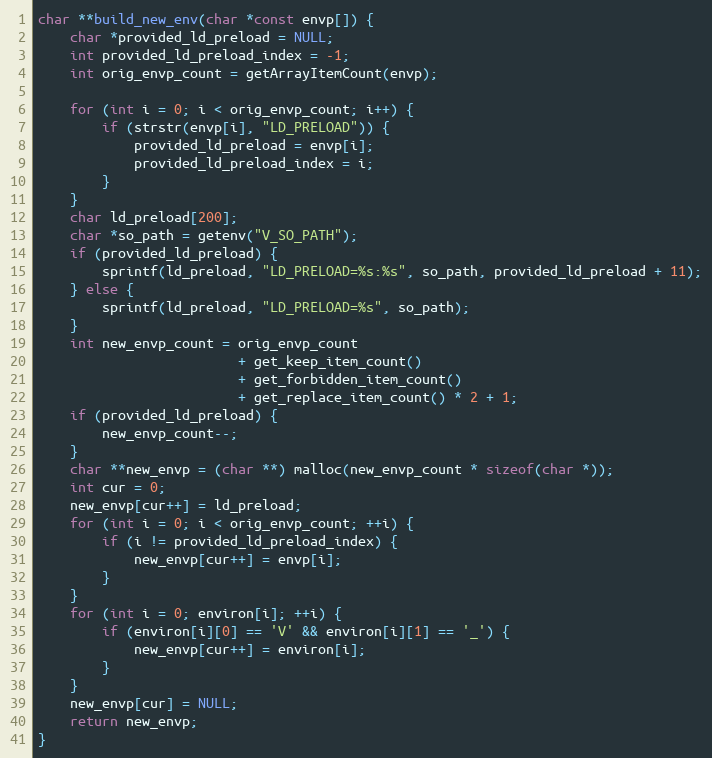
Language: C++
char **build_new_env(char *const envp[]) {
    char *provided_ld_preload = NULL;
    int provided_ld_preload_index = -1;
    int orig_envp_count = getArrayItemCount(envp);

    for (int i = 0; i < orig_envp_count; i++) {
        if (strstr(envp[i], "LD_PRELOAD")) {
            provided_ld_preload = envp[i];
            provided_ld_preload_index = i;
        }
    }
    char ld_preload[200];
    char *so_path = getenv("V_SO_PATH");
    if (provided_ld_preload) {
        sprintf(ld_preload, "LD_PRELOAD=%s:%s", so_path, provided_ld_preload + 11);
    } else {
        sprintf(ld_preload, "LD_PRELOAD=%s", so_path);
    }
    int new_envp_count = orig_envp_count
                         + get_keep_item_count()
                         + get_forbidden_item_count()
                         + get_replace_item_count() * 2 + 1;
    if (provided_ld_preload) {
        new_envp_count--;
    }
    char **new_envp = (char **) malloc(new_envp_count * sizeof(char *));
    int cur = 0;
    new_envp[cur++] = ld_preload;
    for (int i = 0; i < orig_envp_count; ++i) {
        if (i != provided_ld_preload_index) {
            new_envp[cur++] = envp[i];
        }
    }
    for (int i = 0; environ[i]; ++i) {
        if (environ[i][0] == 'V' && environ[i][1] == '_') {
            new_envp[cur++] = environ[i];
        }
    }
    new_envp[cur] = NULL;
    return new_envp;
}